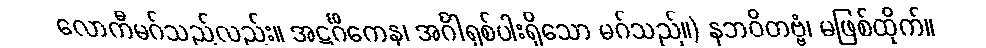
လောကီမဂ်သည်လည်း။ အဋ္ဌင်္ဂိကေန၊ အင်္ဂါရှစ်ပါးရှိသော မဂ်သည်။) နဘဝိတဗ္ဗံ၊ မဖြစ်ထိုက်။